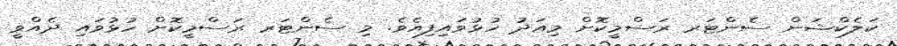
ކަލެކްޝަން ސެންޓަރ ރަސްމީކޮށް މިއަދު ހުޅުވައިފިއެވެ. މި ސެންޓަރ ރަސްމީކޮށް ހުޅުވައި ދެއްވީ